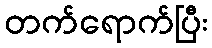
တက်ရောက်ပြီး